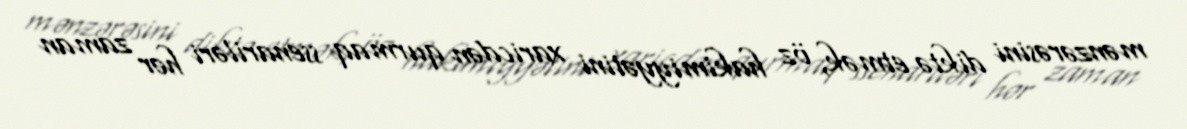
mənzərəsini diktə etmək, öz hakimiyyətini xaricdən qurmaq ssenariləri hər zaman